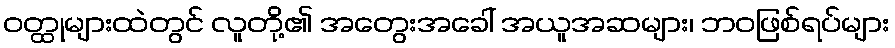
ဝတ္ထုများထဲတွင် လူတို့၏ အတွေးအခေါ် အယူအဆများ၊ ဘဝဖြစ်ရပ်များ